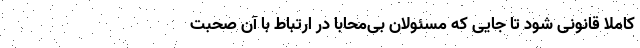
کاملاً قانونی شود تا جایی که مسئولان بی‌محابا در ارتباط با آن صحبت